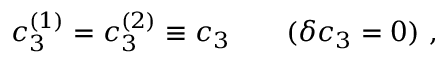
c _ { 3 } ^ { ( 1 ) } = c _ { 3 } ^ { ( 2 ) } \equiv c _ { 3 } \qquad ( \delta c _ { 3 } = 0 ) \ ,